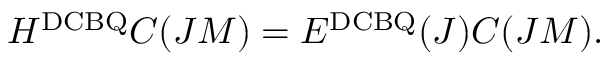
H ^ { \mathrm { D C B Q } } C ( J M ) = E ^ { \mathrm { D C B Q } } ( J ) C ( J M ) .